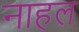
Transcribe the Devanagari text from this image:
नाहल